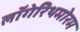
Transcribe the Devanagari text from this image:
लॉगेरिथमोरम